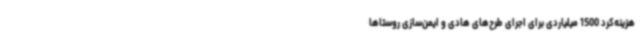
هزینه‌کرد 1500 میلیاردی برای اجرای طرح‌های هادی و ایمن‌سازی روستاها